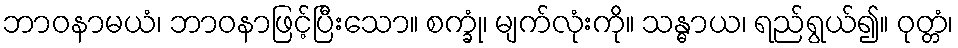
ဘာဝနာမယံ၊ ဘာဝနာဖြင့်ပြီးသော။ စက္ခုံ၊ မျက်လုံးကို။ သန္ဓာယ၊ ရည်ရွယ်၍။ ဝုတ္တံ၊